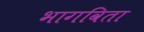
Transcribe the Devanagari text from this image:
भागविता